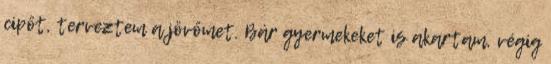
cipőt, terveztem a jövőmet. Bár gyermekeket is akartam, végig